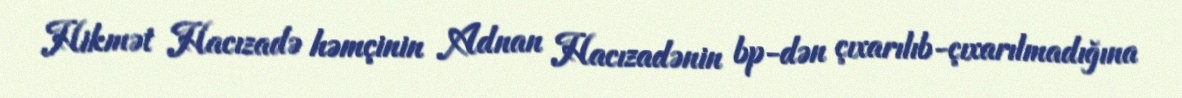
Hikmət Hacızadə həmçinin Adnan Hacızadənin bp-dən çıxarılıb-çıxarılmadığına